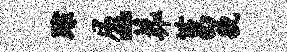
踪屈~葬莒貌